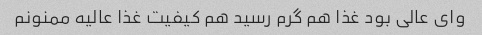
وای عالی بود غذا هم گرم رسید هم کیفیت غذا عالیه ممنونم